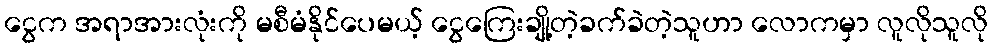
ငွေက အရာအားလုံးကို မစီမံနိုင်ပေမယ့် ငွေကြေးချို့တဲ့ခက်ခဲတဲ့သူဟာ လောကမှာ လူလိုသူလို